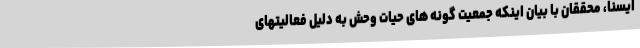
ایسنا، محققان با بیان اینکه جمعیت گونه های حیات وحش به دلیل فعالیتهای